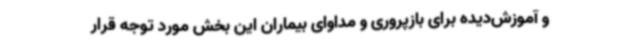
و آموزش‌دیده برای بازپروری و مداوای بیماران این بخش مورد توجه قرار